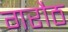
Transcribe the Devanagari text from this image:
गरौठ